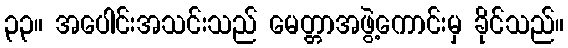
၃၃။ အပေါင်းအသင်းသည် မေတ္တာအဖွဲ့ကောင်းမှ ခိုင်သည်။